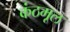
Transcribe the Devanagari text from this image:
कंठमूल